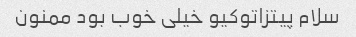
سلام پیتزاتوکیو خیلی خوب بود ممنون